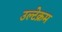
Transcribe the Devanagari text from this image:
उल्टेक्रम